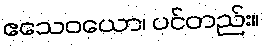
ဧသေဝယော၊ ပင်တည်း။